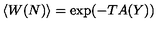
\langle W ( N ) \rangle = \exp ( - T A ( Y ) )